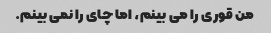
من قوری را می بینم، اما چای را نمی بینم.